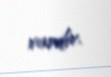
vardır.